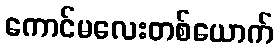
ကောင်မလေးတစ်ယောက်